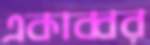
একাব্বর